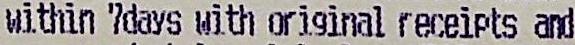
WITHIN 7DAYS WITH ORIGINAL RECEIPTS AND